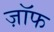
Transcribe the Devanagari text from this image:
ज़ॉफ